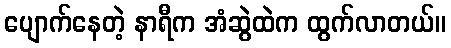
ပျောက်နေတဲ့ နာရီက အံဆွဲထဲက ထွက်လာတယ်။